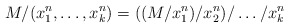
\begin{align*}M/(x_1^n, \dots, x_k^n) = ((M/x_1^n)/x_2^n)/\dots/x_k^n\end{align*}